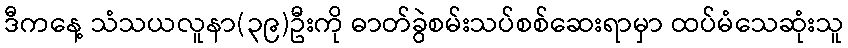
ဒီကနေ့ သံသယလူနာ(၃၉)ဦးကို ဓာတ်ခွဲစမ်းသပ်စစ်ဆေးရာမှာ ထပ်မံသေဆုံးသူ